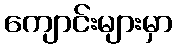
ကျောင်းများမှာ